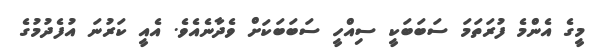
މީގެ އެންމެ ފުރަތަމަ ސަބަބަކީ ސިއްހީ ސަބަބަކަށް ވެދާނެއެވެ. އެއީ ކަރުނަ އުފެދުމުގެ